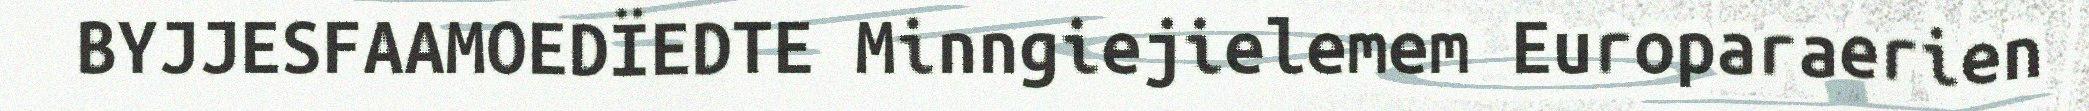
BYJJESFAAMOEDÏEDTE Minngiejielemem Europaraerien